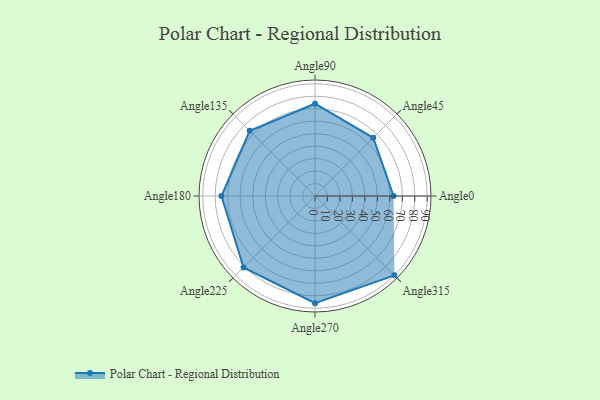
{"axis": {"x": "Angle", "y": "Radius"}, "legend": [""], "data": [{"x": "Angle0", "y": 63.0, "type": ""}, {"x": "Angle45", "y": 66.0, "type": ""}, {"x": "Angle90", "y": 74.0, "type": ""}, {"x": "Angle135", "y": 74.0, "type": ""}, {"x": "Angle180", "y": 75.0, "type": ""}, {"x": "Angle225", "y": 81.0, "type": ""}, {"x": "Angle270", "y": 86.0, "type": ""}, {"x": "Angle315", "y": 90.0, "type": ""}]}